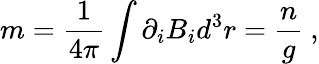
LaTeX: m=\frac{1}{4\pi}\int{\partial_{i}B_{i}d^{3}r}=\frac{n}{g}\ ,